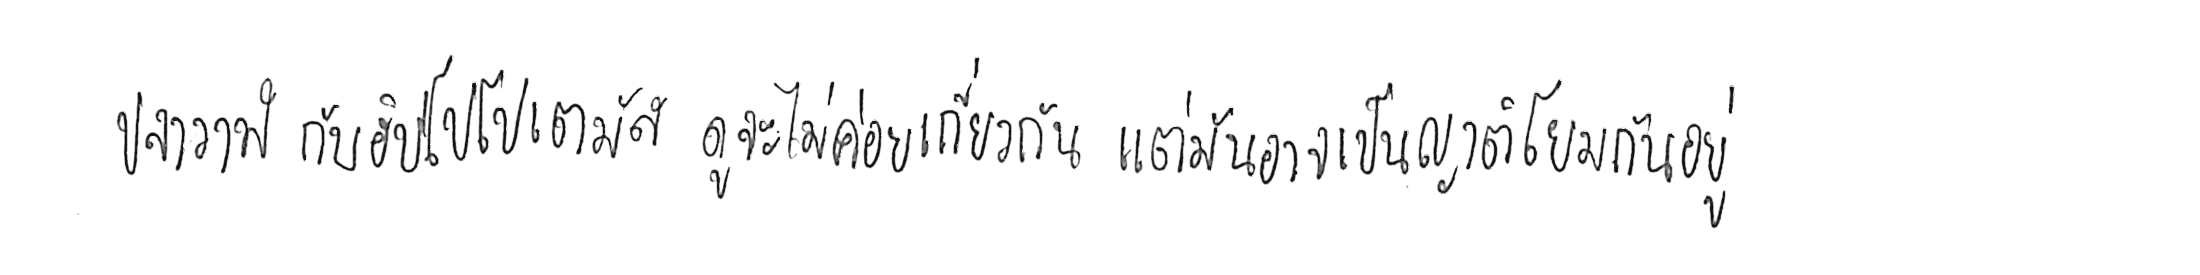
ปลาวาฬ กับ ฮิปโปโปเตมัส ดูจะไม่ค่อยเกี่ยวกัน แต่มันอาจเป็นญาติโยมกันอยู่